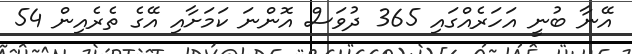
އޭނާ ބުނީ އަހަރެއްގައި 365 ދުވަސް އޮންނަ ކަމަށާއި އޭގެ ތެރެއިން 54